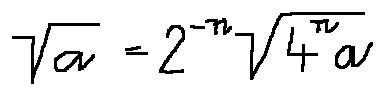
\sqrt { a } = 2 ^ { - n } \sqrt { 4 ^ { n } a }